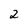
Character: 2